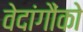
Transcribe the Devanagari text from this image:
वेदांगौंको